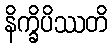
နိက္ခိပိဿတိ